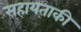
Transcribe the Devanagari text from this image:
सहायताकी